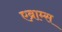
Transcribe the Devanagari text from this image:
एब्राम्‍स